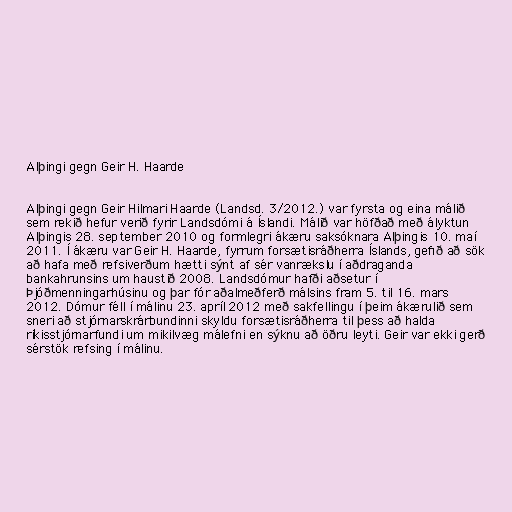
Alþingi gegn Geir H. Haarde

Alþingi gegn Geir Hilmari Haarde (Landsd. 3/2012.) var fyrsta og eina málið
sem rekið hefur verið fyrir Landsdómi á Íslandi. Málið var höfðað með ályktun
Alþingis 28. september 2010 og formlegri ákæru saksóknara Alþingis 10. maí
2011. Í ákæru var Geir H. Haarde, fyrrum forsætisráðherra Íslands, gefið að sök
að hafa með refsiverðum hætti sýnt af sér vanrækslu í aðdraganda
bankahrunsins um haustið 2008. Landsdómur hafði aðsetur í
Þjóðmenningarhúsinu og þar fór aðalmeðferð málsins fram 5. til 16. mars
2012. Dómur féll í málinu 23. apríl 2012 með sakfellingu í þeim ákærulið sem
sneri að stjórnarskrárbundinni skyldu forsætisráðherra til þess að halda
ríkisstjórnarfundi um mikilvæg málefni en sýknu að öðru leyti. Geir var ekki gerð
sérstök refsing í málinu.